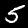
Label: 5